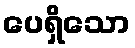
ပေရှိသော